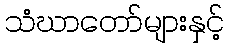
သံဃာတော်များနှင့်